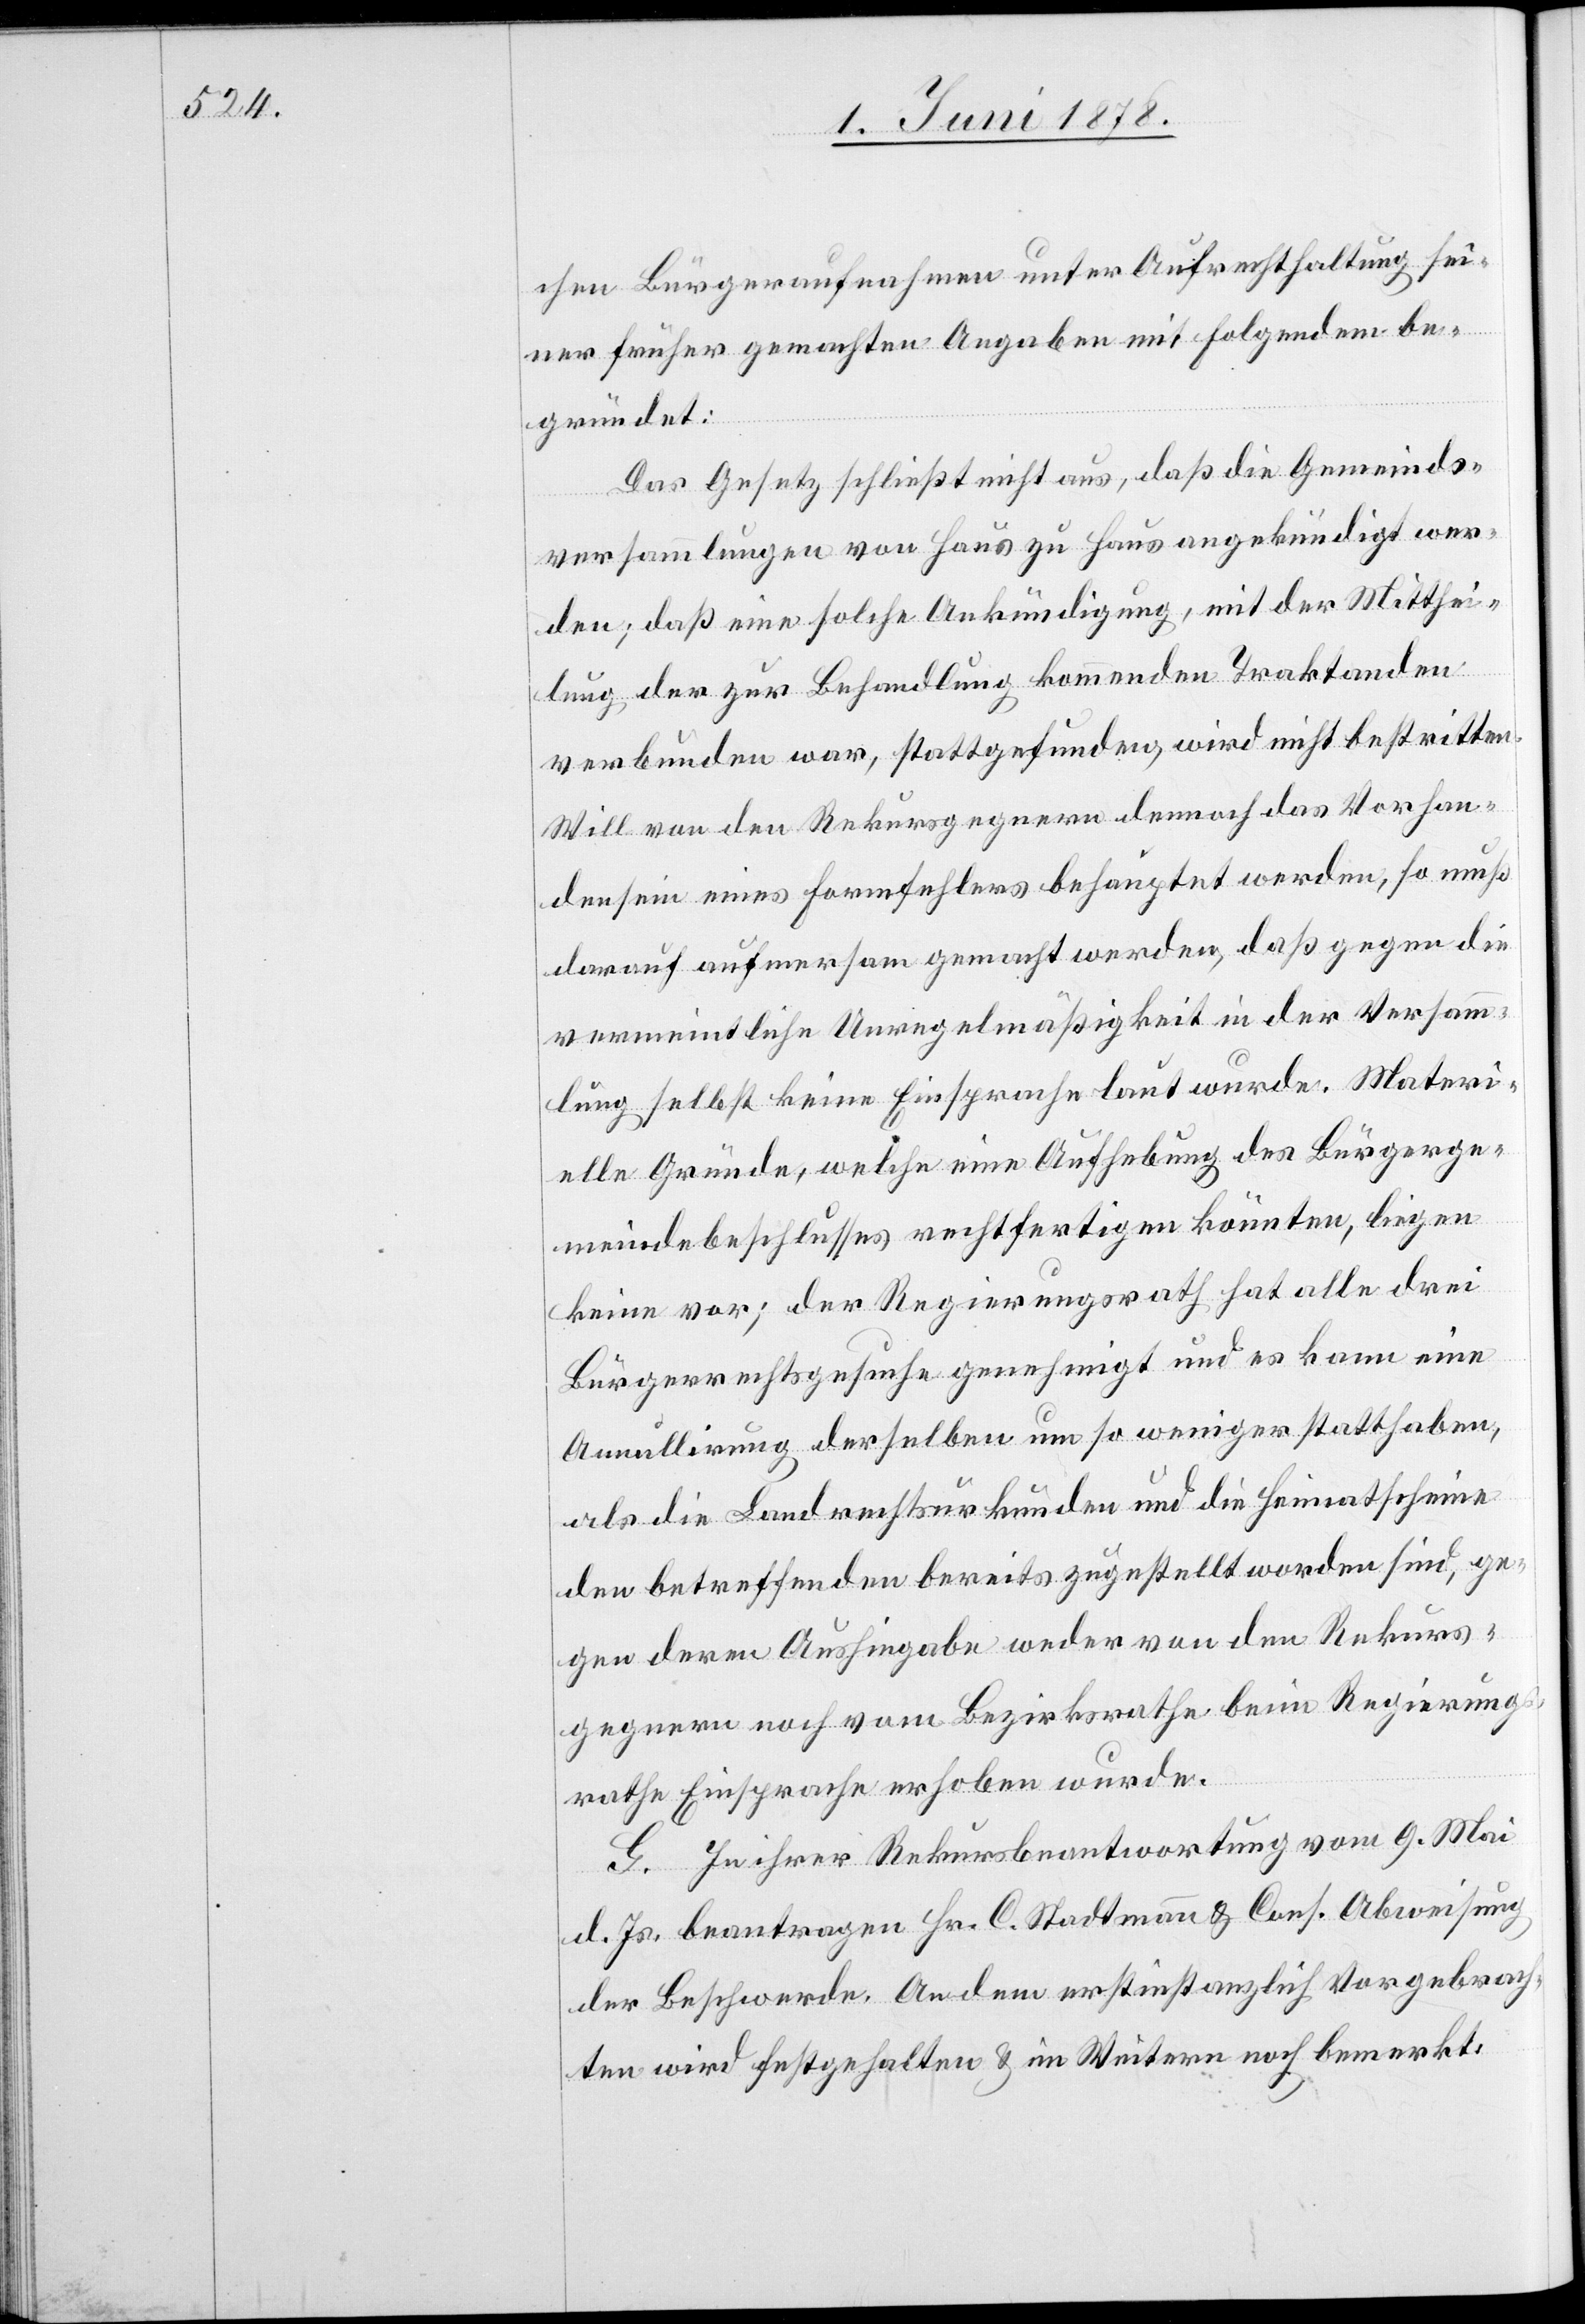
chen Bürgeraufnahmen unter Aufrechthaltung sei¬
ner früher gemachten Angaben mit Folgendem be¬
gründet:
Das Gesetz schließt nicht aus, daß die Gemeinds¬
versammlungen von Haus zu Haus angekündigt wer¬
den; daß eine solche Ankündigung, mit der Mitthei¬
lung der zur Behandlung kommenden Traktanden
verbunden war, stattgefunden, wird nicht bestritten.
Will von den Rekursgegnern demnach das Vorhan¬
densein eines Formfehlers behauptet werden, so muß
darauf aufmerksam gemacht werden, daß gegen die
vermeintliche Unregelmäßigkeit in der Versamm¬
lung selbst keine Einsprache laut wurde. Materi¬
elle Gründe, welche eine Aufhebung des Bürgerge¬
meindebeschlusses rechtfertigen könnten, liegen
keine vor; der Regierungsrath hat alle drei
Bürgerrechtsgesuche genehmigt und es kann eine
Annulirung derselben um so weniger statthaben,
als die Landrechtsurkunden und die Heimatscheine
den betreffenden bereits zugestellt worden sind, ge¬
gen deren Aushingabe weder von den Rekurs¬
gegnern noch vom Bezirksrathe beim Regierungs¬
rathe Einsprache erhoben wurde.
G. In ihrer Rekursbeantwortung vom 9. Mai
d. Js. beantragen Hr. C. Stattmann & Cons. Abweisung
der Beschwerde. An dem erstinstanzlich Vorgebrach¬
ten wird festgehalten & im Weitern noch bemerkt: